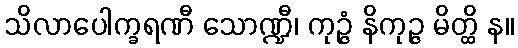
သိလာပေါက္ခရဏီ သောဏ္ဍီ၊ ကုဉ္ဇံ နိကုဉ္ဇ မိတ္ထိ န။